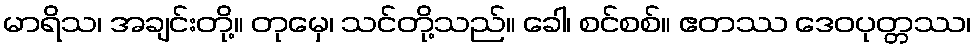
မာရိသ၊ အချင်းတို့။ တုမှေ၊ သင်တို့သည်။ ခေါ၊ စင်စစ်။ ဧတဿ ဒေဝပုတ္တဿ၊